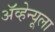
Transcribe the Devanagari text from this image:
ॲव्हेन्यूला